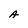
Character: A